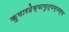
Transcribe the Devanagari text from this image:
कुमारदेव्यामुत्पन्नस्य